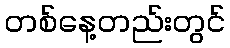
တစ်နေ့တည်းတွင်